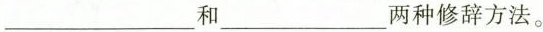
___和___两种修辞方法。